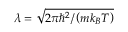
\lambda = \sqrt { 2 \pi \hbar ^ { 2 } / \left( m k _ { B } T \right) }